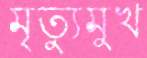
মৃত্যুমুখ